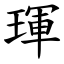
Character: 琿